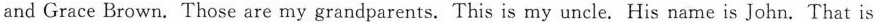
and Grace Brown. Those are my grandparents. This is my uncle. His name is John. That is